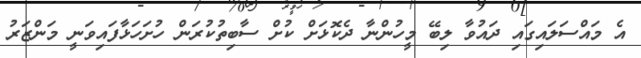
އެ މައްސަލައިގައި ދައުވާ ލިބޭ މީހުންނާ ދެކޮޅަށް ކުށް ސާބިތުކުރަން ހުށަހަޅާފައިވަނީ މަންޒަރު